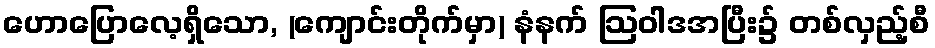
ဟောပြောလေ့ရှိသော, (ကျောင်းတိုက်မှာ) နံနက် ဩဝါဒအပြီး၌ တစ်လှည့်စီ